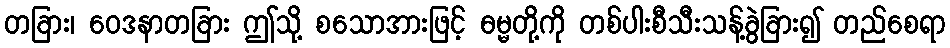
တခြား၊ ဝေဒနာတခြား ဤသို့ စသောအားဖြင့် ဓမ္မတို့ကို တစ်ပါးစီသီးသန့်ခွဲခြား၍ တည်စေရာ